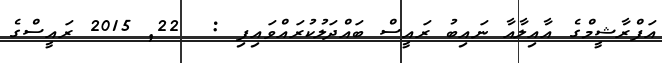
އަފްރާޝީމްގެ އާއިލާއާ ނައިބު ރައީސް ބައްދަލުކުރައްވައިފި :  22